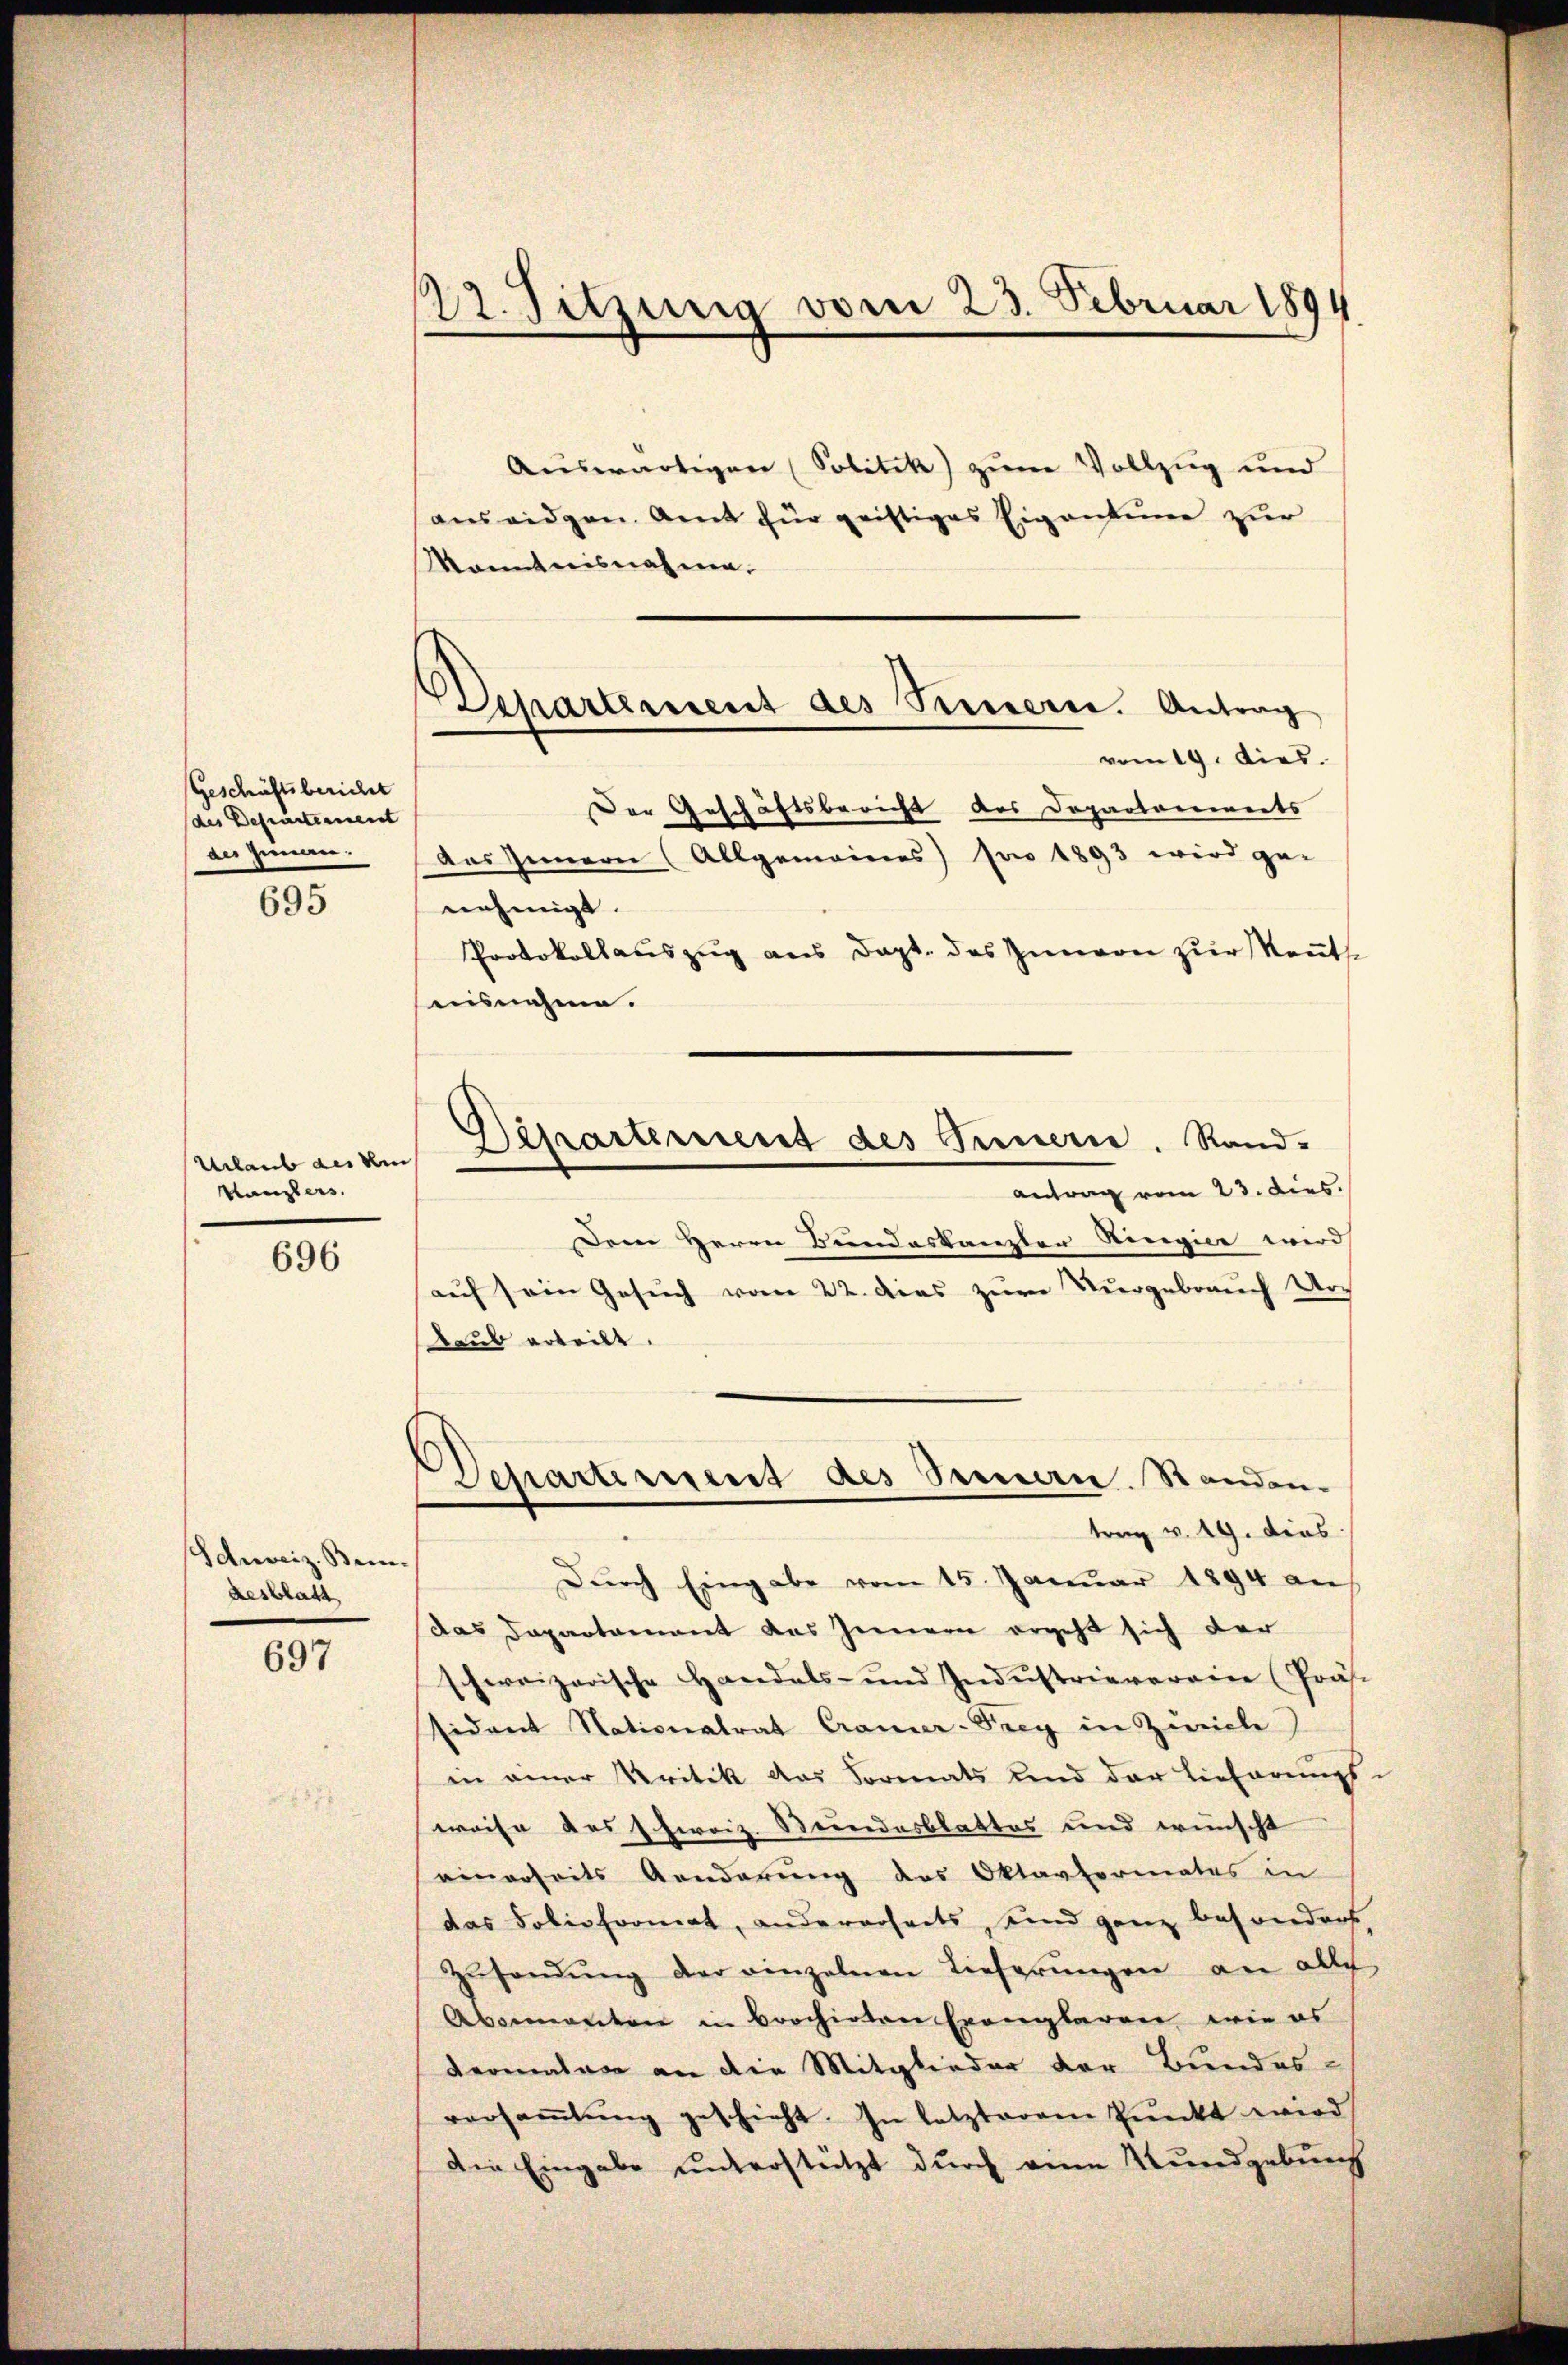
Geschäftsbericht
des Departement
des Innen.

695

Urlaub des kein
Kanzlers.

696

Schweiz. Bein.
Resblatt

697

22. Sitzung vom 23. Februar 1894

Departement des Sinnern. Antrag
vom 19. dies

Auswärtigen (Solitik) zum Vollzug und
auseidgen. Amt für geistiges Eigentume zur
Kanntnisnahme.
Der Geschäftsbericht des Dopartements
nehmigt.
Protokollauszug aus Dapt. des Zimern zur Kennt
ausnahme.
Dem Herrn Bundeskanzler Ringice wird
auf ein Gesuch vom 22. das zur Vergebrauch Urch
Aaub erteilt,
Departerient des Sennern. Standen.
trag v. 19. dies
Durch Eingabe vom 15. Januar 1894 an
das Departement aus Innern ergeht sich der
schweizerische Handels- und Industrieverein (Präs.
sidant Nationalrat Cramer-Frey in Zürich)
in einer Kritik das Formats und der Lieferungs-
weise des hiroiz. Stundesblattes und wünscht
einerseits Aenderung des Oktavformates in
das Solishormat, andererseits, und ganz besonders
Zŭsendŭng der einzelnen Lieferungen an alle
Abermanten in Brochirten Evangbaren wie es
dermalere an die Mitglieder der Bundes-
versaṁlŭng geschieht. In letzterem Punkt wird
Die Eingabe unterstützt durch eine Kundgebung

aas Innern (Allgemeines) pro 1893 wird ge-

Departement des Sinnern. Rand-
antrag vom 23. dies